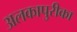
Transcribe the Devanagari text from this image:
अलकापुरीका